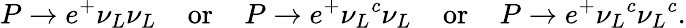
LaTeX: P\to e^{+}\nu_{L}\nu_{L}\; \; \; \; \mathrm{or}\; \; \; \; P\to e^{+}{\nu_{L}}^{c}{\nu_{L}}\; \; \; \; \mathrm{or}\; \; \; \; P\to e^{+}{\nu_{L}}^{c}{\nu_{L}}^{c}.